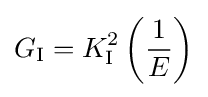
G_{\rm {I}}=K_{\rm {I}}^{2}\left({\frac {1}{E}}\right)